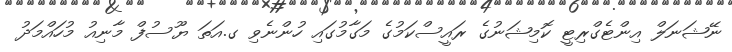
ނޭޝަނަލް އިންޓެގްރިޓީ ކޮމިޝަނުގެ ރައީސްކަމުގެ މަގާމުގައި ހުންނެވި ގ.އަތަ ޔޫސުފް މާނިއު މުހައްމަދު